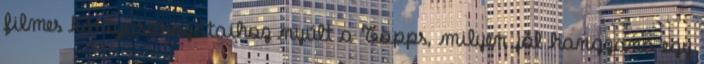
filmes kártyasorozataihoz nyúlt a Topps, milyen jól hangzana egy